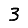
Digit: 3